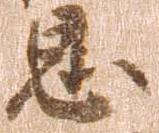
恩